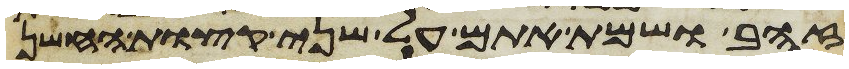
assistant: זהב ושמת אתם על שני קצות החשן